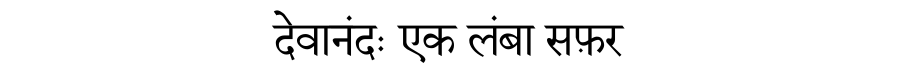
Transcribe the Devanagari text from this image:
देवानंदः एक लंबा सफ़र